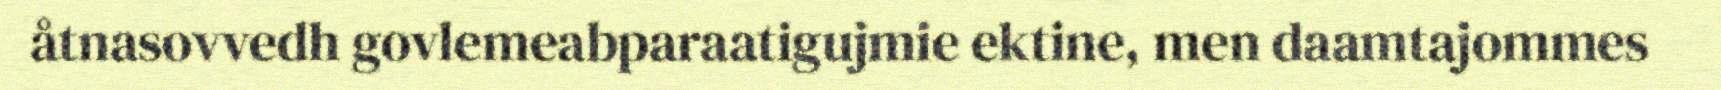
åtnasovvedh govlemeabparaatigujmie ektine, men daamtajommes